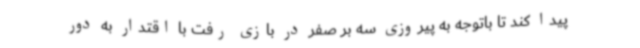
پیدا کند تا باتوجه به پیروزی سه بر صفر در بازی رفت با اقتدار به دور